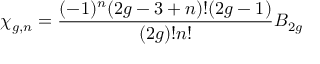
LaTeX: \chi _ { g , n } = { \frac { ( - 1 ) ^ { n } ( 2 g - 3 + n ) ! ( 2 g - 1 ) } { ( 2 g ) ! n ! } } B _ { 2 g }